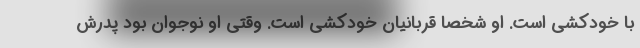
با خودکشی است. او شخصا قربانیان خودکشی است. وقتی او نوجوان بود پدرش